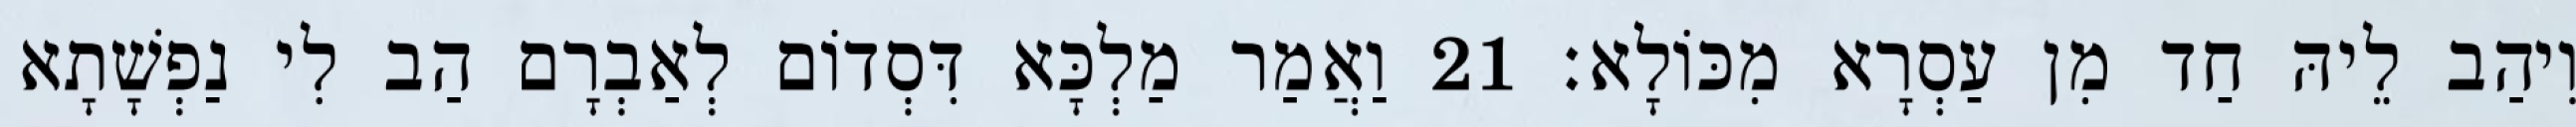
וִיהַב לֵיהּ חַד מִן עַסְרָא מִכּוֹלָא׃ 21 וַאֲמַר מַלְכָּא דִּסְדוֹם לְאַבְרָם הַב לִי נַפְשָׁתָא